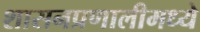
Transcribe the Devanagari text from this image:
शासनप्रणालीमध्ये